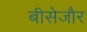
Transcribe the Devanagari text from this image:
बीसेजौर